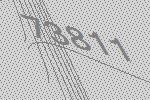
73811